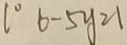
l ^ { \circ } 6 - 5 y = 1